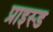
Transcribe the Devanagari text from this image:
प्राइस्ड